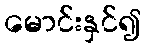
မောင်းနှင်၍